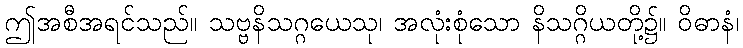
ဤအစီအရင်သည်။ သဗ္ဗနိသဂ္ဂယေသု၊ အလုံးစုံသော နိသဂ္ဂိယတို့၌။ ဝိဓာနံ၊